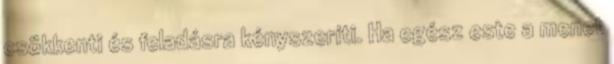
csökkenti és feladásra kényszeríti. Ha egész este a menet